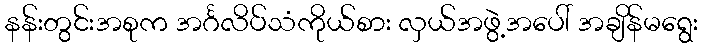
နန်းတွင်းအစုက အင်္ဂလိပ်သံကိုယ်စား လှယ်အဖွဲ့အပေါ် အချိန်မရွေး